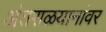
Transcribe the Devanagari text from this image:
अंतराळयानांवर